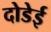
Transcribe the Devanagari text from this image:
दोडेई